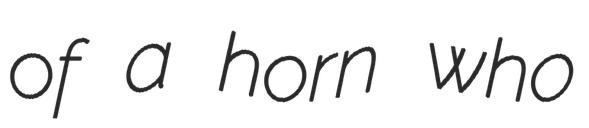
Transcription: of a horn who